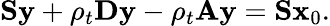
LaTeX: \mathbf{S}\mathbf{y}+\rho_{t}\mathbf{D}\mathbf{y}-\rho_{t}\mathbf{A}\mathbf{y}=\mathbf{S}\mathbf{x}_{0}.